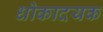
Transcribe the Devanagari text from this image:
धोकादयक